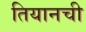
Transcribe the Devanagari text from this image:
तियानची